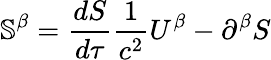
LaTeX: \mathbb{S}^{\beta}=\frac{d{S}}{d\tau}\frac{1}{c^{2}}U^{\beta}-\partial^{\beta}S